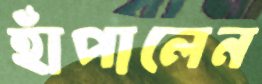
হাঁপালেন